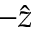
- \hat { z }